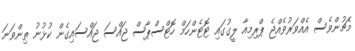
މެޗުންވެސް އެއްވަރުވެއްޖެ ޕްރިމިއާ ލީގުގައި ޓޮޓެންހަމް ހޮޓްސްޕާސް ޖައްސަ ޖައްސައިގެން ކުޅުނު ތިންވަނަ